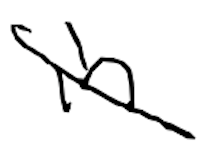
Text: in
Cross-out: diagonal
Writing tool: digital_black